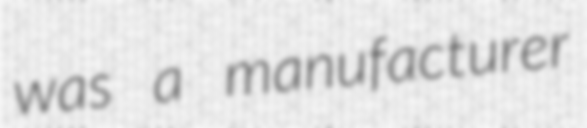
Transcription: was a manufacturer